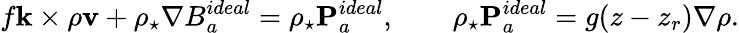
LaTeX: f{\mathbf k}\times\rho{\mathbf v}+\rho_{\star}\nabla B_{a}^{ideal}=\rho_{\star}{\mathbf P}_{a}^{ideal},\qquad\rho_{\star}{\mathbf P}_{a}^{ideal}=g(z-z_{r})\nabla\rho.